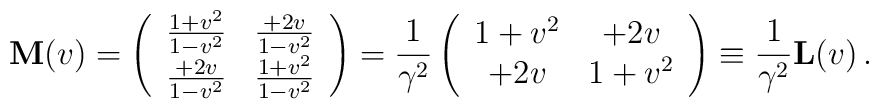
{\mbox{\bf M}}(v)= \left(\begin{array}{cc} \frac{1+v^2}{1-v^2} &\frac{+2v}{1-v^2}\\ \frac{+2v}{1-v^2} & \frac{1+v^2}{1-v^2}\end{array}\right)=\frac{1}{\gamma^2}\left(\begin{array}{cc}1+v^2 & +2v\\ +2v &1+v^2\end{array}\right)\equiv\frac{1}{\gamma^2}{\mbox{\bf L}}(v)\, .